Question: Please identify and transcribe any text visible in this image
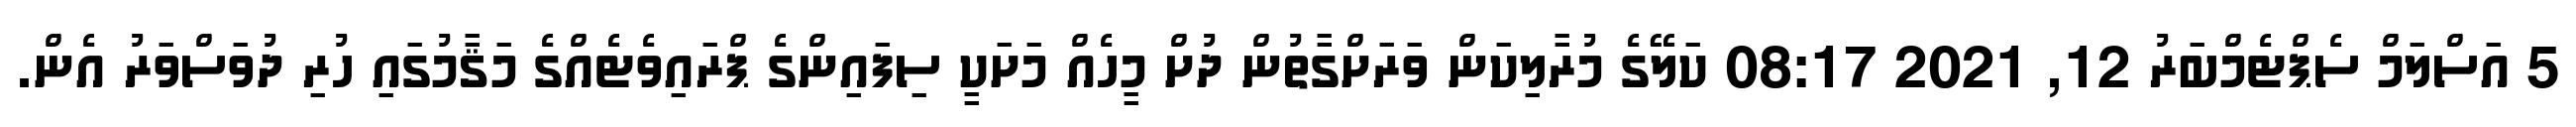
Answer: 5 އަސްލަމް ސެޕްޓެމްބަރު 12, 2021 08:17 ކަލޭގެ މުރާލިކަން ވަރަށްގާތުން ދުށް މީހެއް މަށަކީ ސިފައިންގެ ޕްރައިވެޓެއްގެ މަޤާމުގައި ހުރި ދުވަސްވަރު އެން.